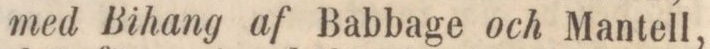
med Bihang af Babbage och Mantell,